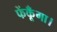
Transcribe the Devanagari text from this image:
फेंकूँगा।